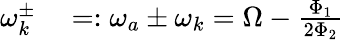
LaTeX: \begin{array}{rl}{\omega_{k}^{\pm}}&{{}=:\omega_{a}\pm\omega_{k}=\Omega-\frac{\Phi_{1}}{2\Phi_{2}}}\end{array}